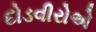
દોડવીરોએ